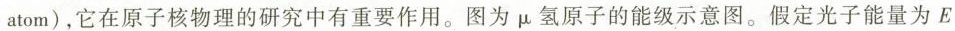
atom)，它在原子核物理的研究中有重要作用。图为\mu 氢原子的能级示意图。假定光子能量为E